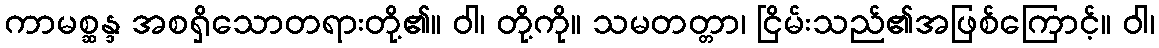
ကာမစ္ဆန္ဒ အစရှိသောတရားတို့၏။ ဝါ၊ တို့ကို။ သမတတ္တာ၊ ငြိမ်းသည်၏အဖြစ်ကြောင့်။ ဝါ၊